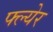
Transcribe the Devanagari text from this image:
फ्ल्येर